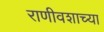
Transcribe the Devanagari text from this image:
राणीवशाच्या